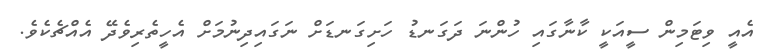
އެއީ ވިޓަމިން ސީއަކީ ކާނާގައި ހުންނަ ދަގަނޑު ހަށިގަނޑަށް ނަގައިދިނުމަށް އެހީތެރިވެދޭ އެއްޗެކެވެ.